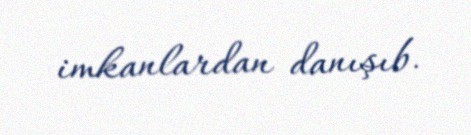
imkanlardan danışıb.